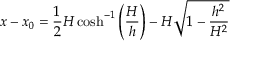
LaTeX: x - x _ { 0 } = { \frac { 1 } { 2 } } H \cosh ^ { - 1 } \left( { \frac { H } { h } } \right) - H { \sqrt { 1 - { \frac { h ^ { 2 } } { H ^ { 2 } } } } }